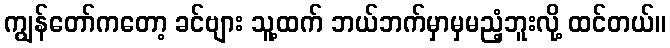
ကျွန်တော်ကတော့ ခင်ဗျား သူ့ထက် ဘယ်ဘက်မှာမှမညံ့ဘူးလို့ ထင်တယ်။